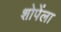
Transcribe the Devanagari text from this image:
शोपेंला